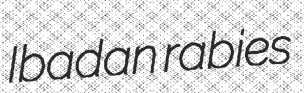
Ibadan rabies